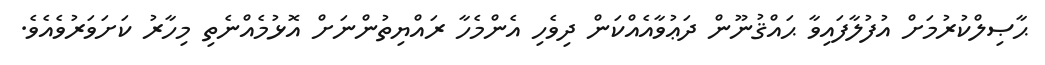
ޙާޞިލްކުރުމަށް އުފުލާފައިވާ ޙައްޤުނޫން ދަޢުވާއެއްކަން ދިވެހި އެންމެހާ ރައްޔިތުންނަށް އޮޅުމެއްނެތި މިހާރު ކަށަވަރުވެއެވެ.